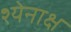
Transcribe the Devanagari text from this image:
श्येनाक्ष